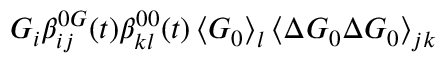
G _ { i } \beta _ { i j } ^ { 0 G } ( t ) \beta _ { k l } ^ { 0 0 } ( t ) \left\langle \boldsymbol { G } _ { 0 } \right\rangle _ { l } \left\langle \Delta \boldsymbol { G } _ { 0 } \Delta \boldsymbol { G } _ { 0 } \right\rangle _ { j k }